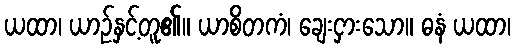
ယထာ၊ ယာဉ်နှင့်တူ၏။ ယာစိတကံ၊ ချေးငှားသော။ ဓနံ ယထာ၊